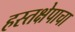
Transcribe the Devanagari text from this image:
हस्तक्षेपाचा